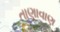
તાણાવાણ